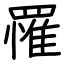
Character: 罹